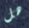
هل